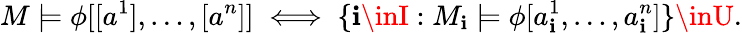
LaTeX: M\models\phi[[a^{1}],\ldots,[a^{n}]]\iff\{ \mathbf{i}\inI:M_{\mathbf{i}}\models\phi[a_{\mathbf{i}}^{1},\ldots,a_{\mathbf{i}}^{n}]\} \inU.